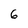
Character: 6